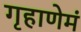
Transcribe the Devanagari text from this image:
गृहाणेमं